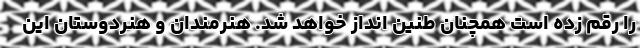
را رقم زده است همچنان طنین انداز خواهد شد. هنرمندان و هنردوستان این